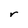
Character: r